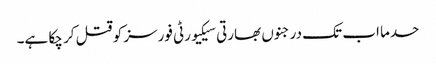
حدما اب تک درجنوں بھارتی سیکیورٹی فورسز کو قتل کر چکا ہے۔